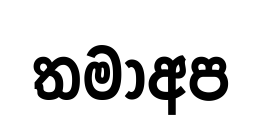
තමාඅප